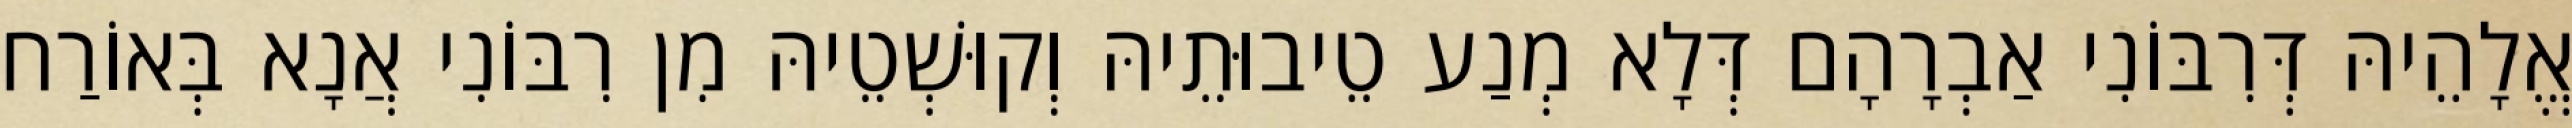
אֱלָהֵיהּ דְּרִבּוֹנִי אַבְרָהָם דְּלָא מְנַע טֵיבוּתֵיהּ וְקוּשְׁטֵיהּ מִן רִבּוֹנִי אֲנָא בְּאוֹרַח